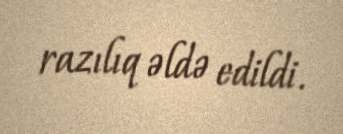
razılıq əldə edildi.